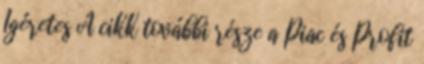
Ígéretes A cikk további része a Piac és Profit